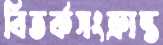
বিতর্কসংক্রান্ত